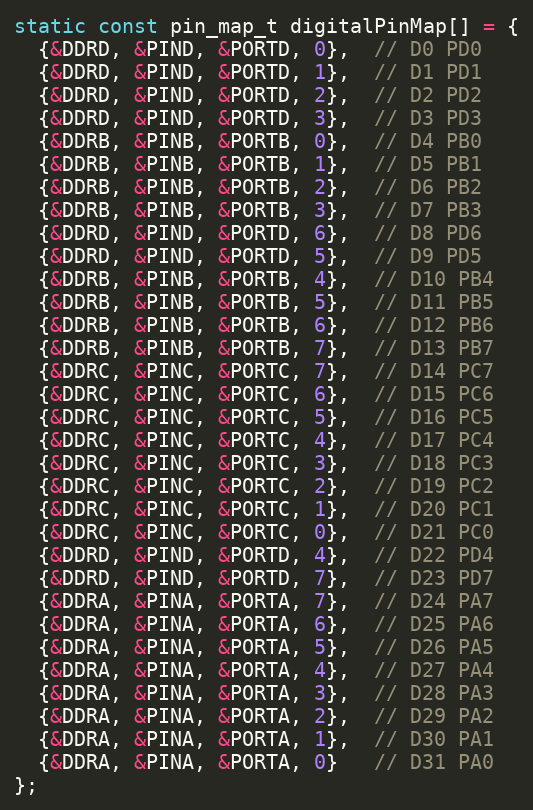
Language: C
static const pin_map_t digitalPinMap[] = {
  {&DDRD, &PIND, &PORTD, 0},  // D0 PD0
  {&DDRD, &PIND, &PORTD, 1},  // D1 PD1
  {&DDRD, &PIND, &PORTD, 2},  // D2 PD2
  {&DDRD, &PIND, &PORTD, 3},  // D3 PD3
  {&DDRB, &PINB, &PORTB, 0},  // D4 PB0
  {&DDRB, &PINB, &PORTB, 1},  // D5 PB1
  {&DDRB, &PINB, &PORTB, 2},  // D6 PB2
  {&DDRB, &PINB, &PORTB, 3},  // D7 PB3
  {&DDRD, &PIND, &PORTD, 6},  // D8 PD6
  {&DDRD, &PIND, &PORTD, 5},  // D9 PD5
  {&DDRB, &PINB, &PORTB, 4},  // D10 PB4
  {&DDRB, &PINB, &PORTB, 5},  // D11 PB5
  {&DDRB, &PINB, &PORTB, 6},  // D12 PB6
  {&DDRB, &PINB, &PORTB, 7},  // D13 PB7
  {&DDRC, &PINC, &PORTC, 7},  // D14 PC7
  {&DDRC, &PINC, &PORTC, 6},  // D15 PC6
  {&DDRC, &PINC, &PORTC, 5},  // D16 PC5
  {&DDRC, &PINC, &PORTC, 4},  // D17 PC4
  {&DDRC, &PINC, &PORTC, 3},  // D18 PC3
  {&DDRC, &PINC, &PORTC, 2},  // D19 PC2
  {&DDRC, &PINC, &PORTC, 1},  // D20 PC1
  {&DDRC, &PINC, &PORTC, 0},  // D21 PC0
  {&DDRD, &PIND, &PORTD, 4},  // D22 PD4
  {&DDRD, &PIND, &PORTD, 7},  // D23 PD7
  {&DDRA, &PINA, &PORTA, 7},  // D24 PA7
  {&DDRA, &PINA, &PORTA, 6},  // D25 PA6
  {&DDRA, &PINA, &PORTA, 5},  // D26 PA5
  {&DDRA, &PINA, &PORTA, 4},  // D27 PA4
  {&DDRA, &PINA, &PORTA, 3},  // D28 PA3
  {&DDRA, &PINA, &PORTA, 2},  // D29 PA2
  {&DDRA, &PINA, &PORTA, 1},  // D30 PA1
  {&DDRA, &PINA, &PORTA, 0}   // D31 PA0
};